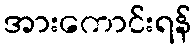
အားကောင်းရန်